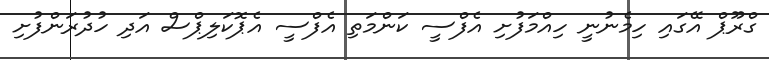
ގްރޫޕް އޭގައި ހިމެނުނީ ހިއްމަފުށި އެފްސީ ކަންމަތި އެފްސީ އެޕޮކަލިޕްސް އަދި ހުދުރަންފުށި